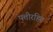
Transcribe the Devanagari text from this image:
पत्तीरहित